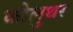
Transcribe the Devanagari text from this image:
कोलुथर